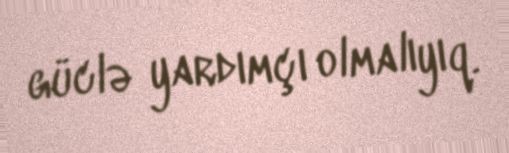
güclə yardımçı olmalıyıq.